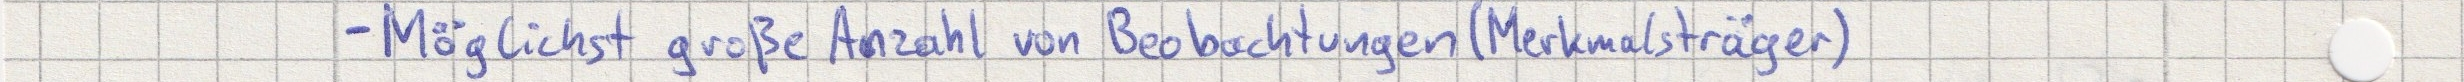
- Möglichst große Anzahl von Beobachtungen (Merkmalsträger)